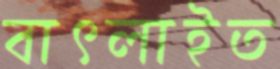
বাৎলাইত